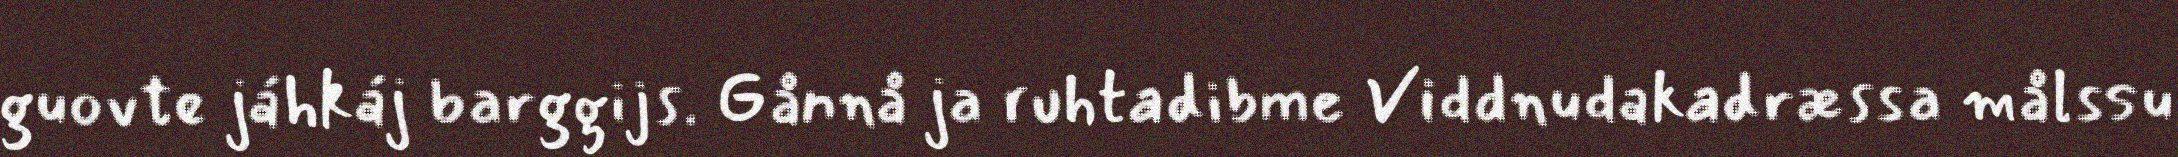
guovte jáhkáj barggijs. Gånnå ja ruhtadibme Viddnudakadræssa målssu